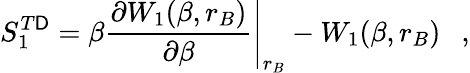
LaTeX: S_{1}^{T\mathsf{D}}=\beta\left.{\frac{{\partial{W_{1}(\beta,r_{B})}}}{{\partial\beta}}}\right|_{r_{B}}-W_{1}(\beta,r_{B})~~~,